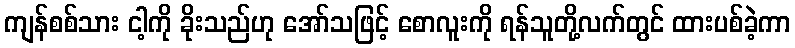
ကျန်စစ်သား ငါ့ကို ခိုးသည်ဟု အော်သဖြင့် စောလူးကို ရန်သူတို့လက်တွင် ထားပစ်ခဲ့ကာ